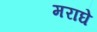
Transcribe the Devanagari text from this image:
मराघे